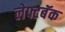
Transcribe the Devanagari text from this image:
लेफ्टबॅक